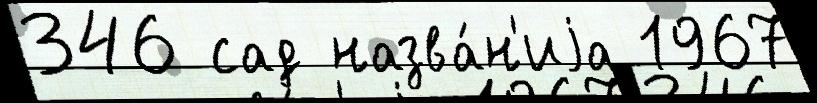
346 сад назва́н'иjа 1967